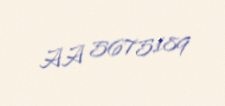
AA 5675189